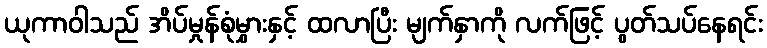
ယုကာဝါသည် အိပ်မှုန်စုံမွှားနှင့် ထလာပြီး မျက်နှာကို လက်ဖြင့် ပွတ်သပ်နေရင်း